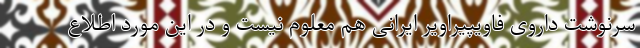
سرنوشت داروی فاویپیراویر ایرانی هم معلوم نیست و در این مورد اطلاع